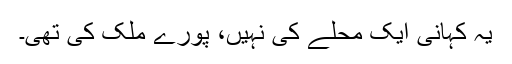
یہ کہانی ایک محلے کی نہیں، پورے ملک کی تھی۔